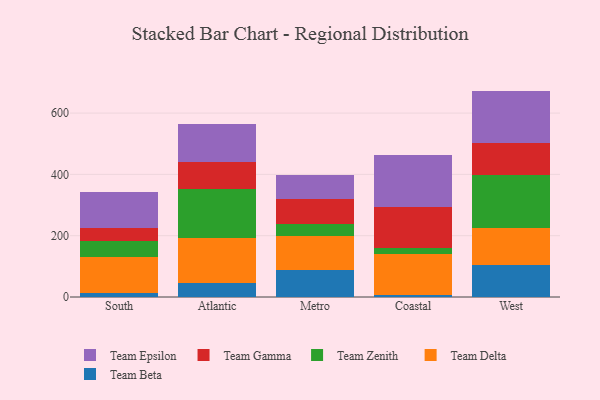
{"axis": {"x": "Region", "y": "Population (Million)"}, "legend": ["Team Beta", "Team Delta", "Team Epsilon", "Team Gamma", "Team Zenith"], "data": [{"x": "South", "y": 14.0, "type": "Team Beta"}, {"x": "South", "y": 115.4, "type": "Team Delta"}, {"x": "South", "y": 53.1, "type": "Team Zenith"}, {"x": "South", "y": 42.0, "type": "Team Gamma"}, {"x": "South", "y": 116.6, "type": "Team Epsilon"}, {"x": "Atlantic", "y": 45.7, "type": "Team Beta"}, {"x": "Atlantic", "y": 146.4, "type": "Team Delta"}, {"x": "Atlantic", "y": 160.1, "type": "Team Zenith"}, {"x": "Atlantic", "y": 87.4, "type": "Team Gamma"}, {"x": "Atlantic", "y": 125.6, "type": "Team Epsilon"}, {"x": "Metro", "y": 89.5, "type": "Team Beta"}, {"x": "Metro", "y": 108.4, "type": "Team Delta"}, {"x": "Metro", "y": 40.9, "type": "Team Zenith"}, {"x": "Metro", "y": 80.0, "type": "Team Gamma"}, {"x": "Metro", "y": 78.8, "type": "Team Epsilon"}, {"x": "Coastal", "y": 7.0, "type": "Team Beta"}, {"x": "Coastal", "y": 132.0, "type": "Team Delta"}, {"x": "Coastal", "y": 21.4, "type": "Team Zenith"}, {"x": "Coastal", "y": 131.8, "type": "Team Gamma"}, {"x": "Coastal", "y": 171.1, "type": "Team Epsilon"}, {"x": "West", "y": 104.0, "type": "Team Beta"}, {"x": "West", "y": 122.5, "type": "Team Delta"}, {"x": "West", "y": 171.2, "type": "Team Zenith"}, {"x": "West", "y": 103.2, "type": "Team Gamma"}, {"x": "West", "y": 171.6, "type": "Team Epsilon"}]}